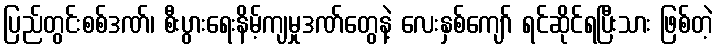
ပြည်တွင်းစစ်ဒဏ်၊ စီးပွားရေးနိမ့်ကျမှုဒဏ်တွေနဲ့ လေးနှစ်ကျော် ရင်ဆိုင်ရပြီးသား ဖြစ်တဲ့